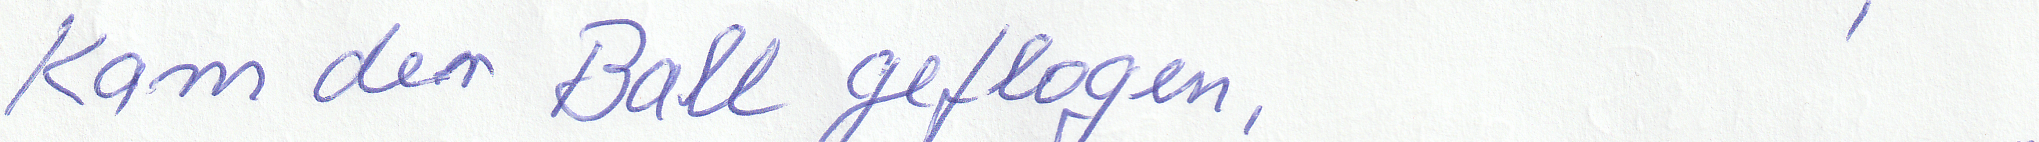
Kam der Ball geflogen